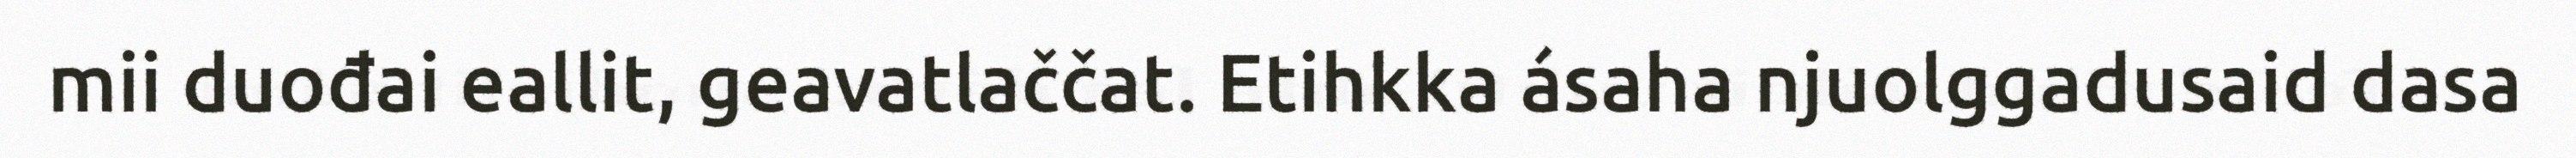
mii duođai eallit, geavatlaččat. Etihkka ásaha njuolggadusaid dasa